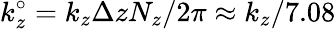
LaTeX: k_{z}^{\circ}=k_{z}\Delta zN_{z}/2\pi\approx k_{z}/7.08